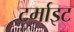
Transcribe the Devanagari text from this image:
टर्माइट